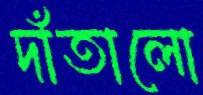
দাঁতালো